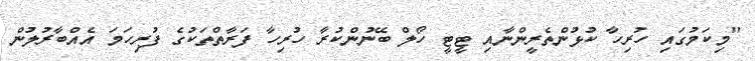
"މިކަމުގައި ހުރިހާ ކުޅުންތެރީންނާއި ޓީޓީ ހޯލް ބޭނުންކުރާ ހުރިހާ ފަރާތްތަކުގެ ފުރިހަމަ އެއްބާރުލުން